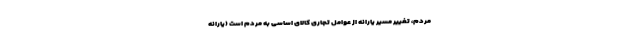
مردم، تغییر مسیر یارانه از عوامل تجاری کالای اساسی به مردم است (یارانه